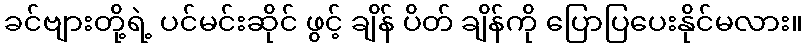
ခင်ဗျားတို့ရဲ့ ပင်မင်းဆိုင် ဖွင့် ချိန် ပိတ် ချိန်ကို ပြောပြပေးနိုင်မလား။